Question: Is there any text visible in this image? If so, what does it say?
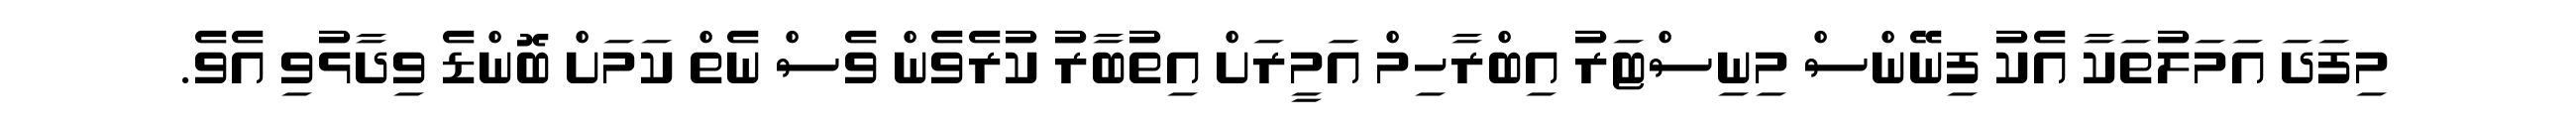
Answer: މިފަދަ އަމަލުތަކާ އެކު ފިނޭންސް މިނިސްޓަރު އިބްރާހިމް އަމީރަށް އިތުބާރު ކުރެވެން ވެސް ނެތް ކަމަށް ބޮންޑެ ވިދާޅުވި އެވެ.